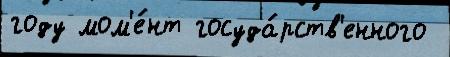
году мом'е́нт госуда́рств'енного